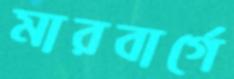
মারবার্গে